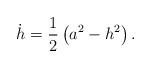
LaTeX: \begin{align*}\dot{h}=\frac{1}{2}\left(a^2-h^2\right).\end{align*}